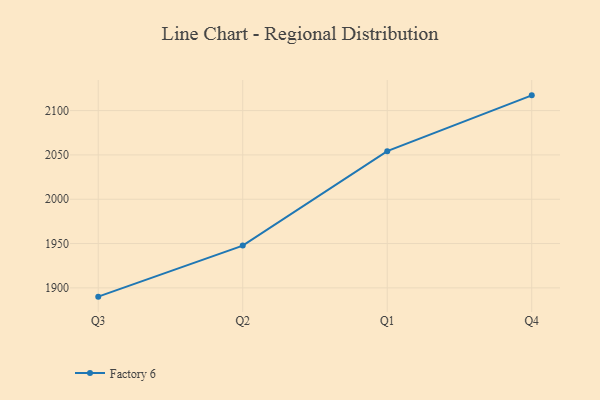
{"axis": {"x": "Quarter", "y": "Shipments"}, "legend": ["Factory 6"], "data": [{"x": "Q3", "y": 1890.1, "type": "Factory 6"}, {"x": "Q2", "y": 1947.7, "type": "Factory 6"}, {"x": "Q1", "y": 2054.2, "type": "Factory 6"}, {"x": "Q4", "y": 2117.2, "type": "Factory 6"}]}